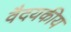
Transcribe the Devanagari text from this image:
वैदयकीय